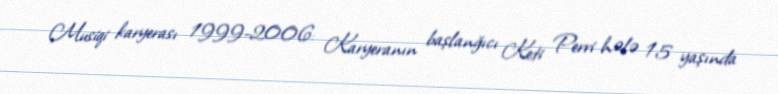
Musiqi karyerası 1999-2006: Karyeranın başlanğıcı Keti Perri hələ 15 yaşında